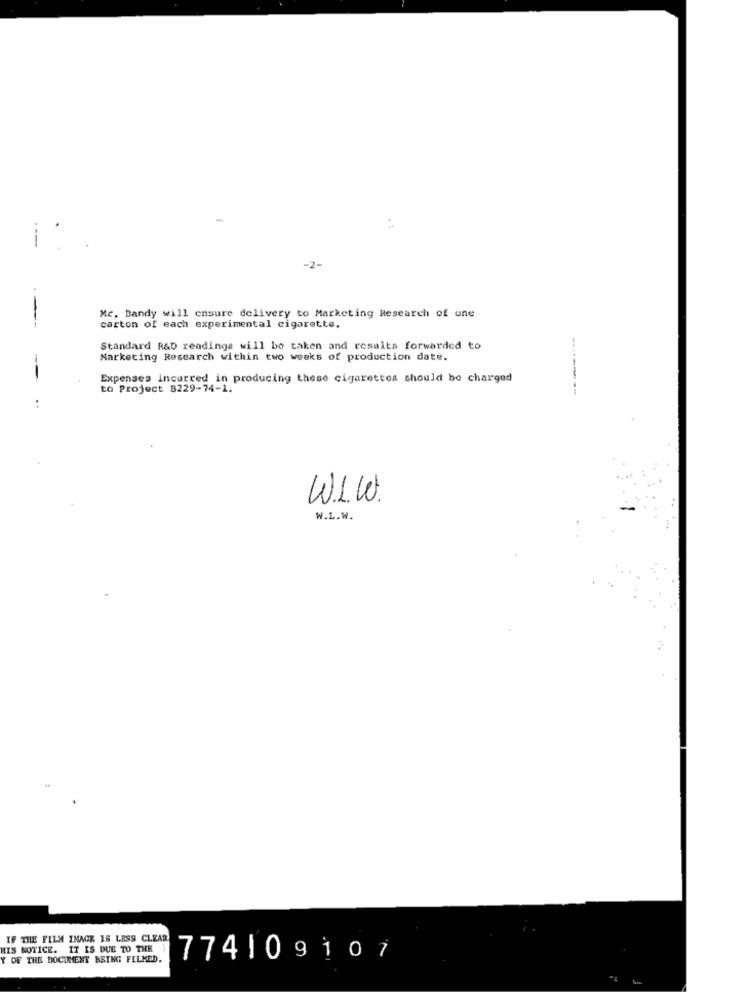
:
-2-
Mc. Bandy will ensure delivery to Marketing Research of one
carton of each experimental cigarette.
Standard R&D readings will be taken and resalts forwarded to
Marketing Research within two weeks of production date.
Expenses incurred in producing these cigarettes should be charged
to Project 8229-74-1.
..
W.1.W.
W.L.W.
IF THE FILM IMAGE IS LESS CLEAR
HIS NOTICE. IT IS DUE TO THE
Y OF THE DOCUMENT BEING FILMED.
774109107